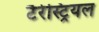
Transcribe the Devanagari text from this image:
टैरेस्ट्रियल